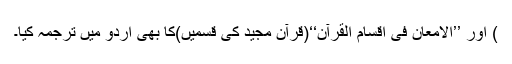
) اور ’’الامعان فی اقسام القرآن‘‘(قرآن مجید کی قسمیں)کا بھی اردو میں ترجمہ کیا۔